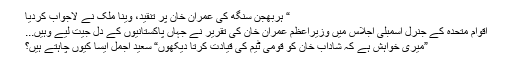
“ ہربھجن سنگھ کی عمران خان پر تنقید، وینا ملک نے لاجواب کردیا
اقوام متحدہ کے جنرل اسمبلی اجلاس میں وزیراعظم عمران خان کی تقریر نے جہاں پاکستانیوں کے دل جیت لیے وہیں...
”میری خواہش ہے کہ شاداب خان کو قومی ٹیم کی قیادت کرتا دیکھوں“ سعید اجمل ایسا کیوں چاہتے ہیں؟